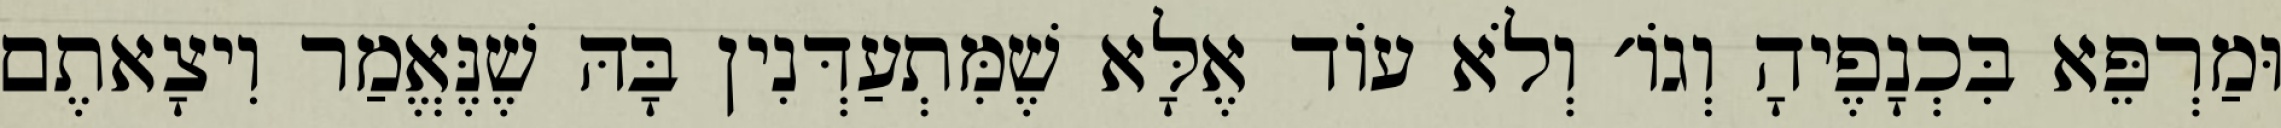
וּמַרְפֵּא בִּכְנָפֶיהָ וְגוֹ׳ וְלֹא עוֹד אֶלָּא שֶׁמִּתְעַדְּנִין בָּהּ שֶׁנֶּאֱמַר וִיצָאתֶם